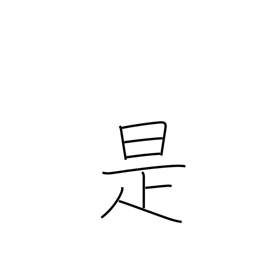
Meaning: just so